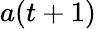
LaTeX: a(t+1)